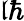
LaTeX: \mathfrak{l}\hbar